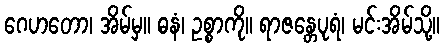
ဂေဟတော၊ အိမ်မှ။ ဓနံ၊ ဥစ္စာကို။ ရာဇန္တေပုရံ၊ မင်းအိမ်သို့။